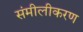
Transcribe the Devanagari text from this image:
संमीलीकरण